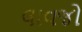
લાવજો